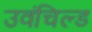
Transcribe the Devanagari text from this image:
उवंचिल्ड